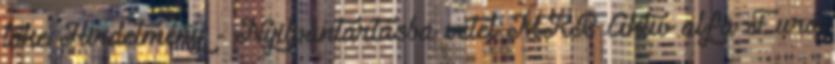
tőke Hirdetmény - Nyilvántartásba vétel MKB Aktív alfa Euró